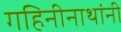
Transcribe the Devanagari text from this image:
गहिनीनाथांनी